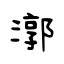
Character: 漷